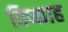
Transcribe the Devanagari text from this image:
विष्काह